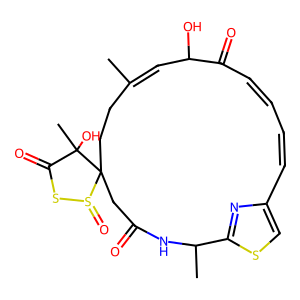
SMILES: CC1=CC(O)C(=O)C=CC=Cc2csc(n2)C(C)NC(=O)CC2(CC1)S(=O)SC(=O)C2(C)O
Inhibits HIV replication: No